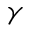
\gamma